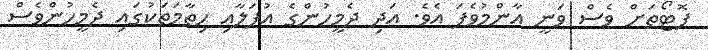
ފޮޓޯތަށް ވެސް ވަނީ އާންމުވެފަ އެވެ. އަދި ދެމީހުންގެ އުފަލާއި ހިތާމަތަކުގައި ދެމީހުންވެސް